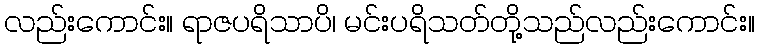
လည်းကောင်း။ ရာဇပရိသာပိ၊ မင်းပရိသတ်တို့သည်လည်းကောင်း။